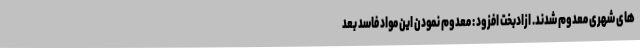
های شهری معدوم شدند. ازادبخت افزود : معدوم نمودن این مواد فاسد بعد